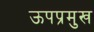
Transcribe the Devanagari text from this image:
ऊपप्रमुख